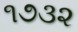
૧૭૩૨